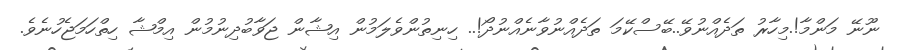
ނޫނޭ މަންމާ!.މިހާރު ތަދެއްނުވޭ..ބޭސްކޭމަ ތަދެއްނުވާނެއްނުދޯ!.. ހިނިތުންވެލަމުން އިޝާން ޖަވާބުދިނުމުން އިމްޝާ ހިތްހަމަޖެހުނެވެ.